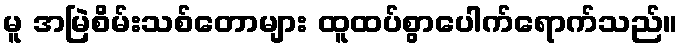
မူ အမြဲစိမ်းသစ်တောများ ထူထပ်စွာပေါက်ရောက်သည်။